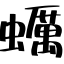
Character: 蠣